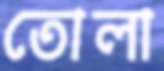
তোলা